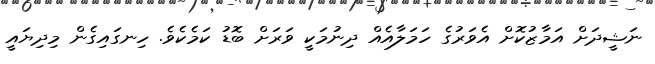
ނަޝީދަށް އަމާޒުކޮށް އެވަރުގެ ހަމަލާއެއް ދިނުމަކީ ވަރަށް ބޮޑު ކަމެކެވެ. ހިނގައިގެން މިދިޔައީ